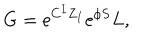
LaTeX: G = \mathrm { e } ^ { C ^ { I } Z _ { I } } \mathrm { e } ^ { \phi S } { L } ,